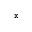
^ \texttt { x }